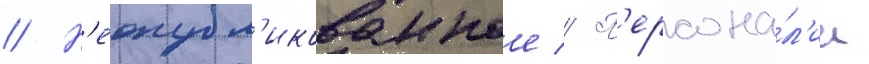
// Н'еопубл'икованное // П'ерсона́л'ии